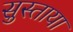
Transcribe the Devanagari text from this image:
सुस्ताया